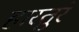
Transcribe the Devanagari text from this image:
हारतुरे